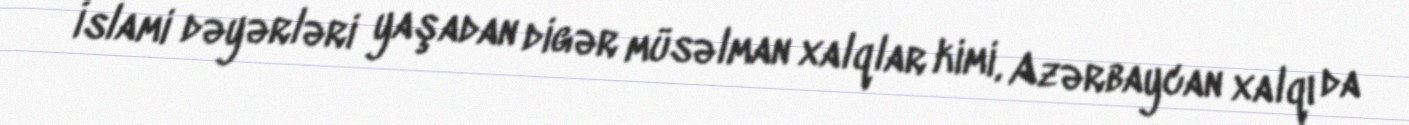
İslami dəyərləri yaşadan digər müsəlman xalqlar kimi, Azərbaycan xalqı da